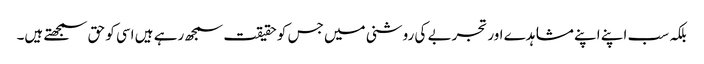
بلکہ سب اپنے اپنے مشاہدے اور تجربے کی روشنی میں جس کو حقیقت سمجھ رہے ہیں اسی کو حق سمجھتے ہیں۔